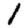
Digit: 1